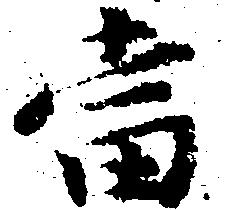
当